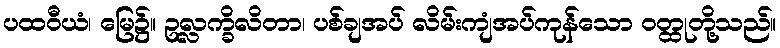
ပထဝီယံ၊ မြေ၌။ ဥလ္လက္ခိလိတာ၊ ပစ်ချအပ် လိမ်းကျံအပ်ကုန်သော ဝတ္ထုတို့သည်။